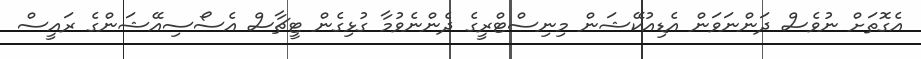
އެގޮތަށް ނުވެސް ދަންނަވަން އެޑިއުކޭޝަން މިނިސްޓްރީގެ ދެންނެވުމާ ގުޅިގެން ޓީޗާސް އެސޯސިއޭޝަންގެ ރައީސް